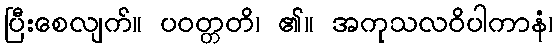
ပြီးစေလျက်။ ပဝတ္တတိ၊ ၏။ အကုသလဝိပါကာနံ၊